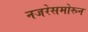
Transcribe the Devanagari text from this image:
नजरेसमोरून